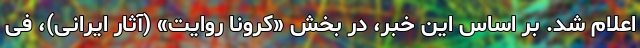
اعلام شد. بر اساس این خبر، در بخش «کرونا روایت» (آثار ایرانی)، فی